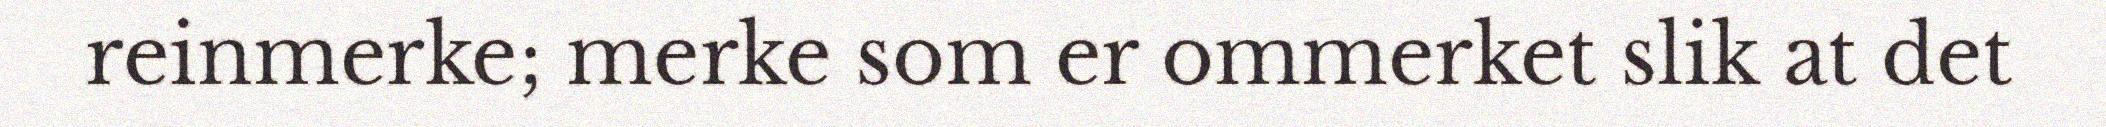
reinmerke; merke som er ommerket slik at det